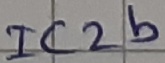
Text: IC2b